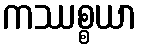
ကဿစ္စယာ